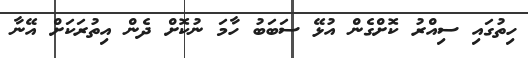
ހިތުގައި ސިއްރު ކޮށްގެން އުޅޭ ސަބަބު ހާމަ ނުކޮށް ދެން އިތުރަކަށް އޭނާ